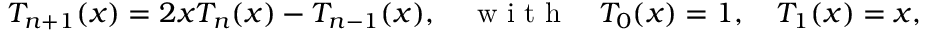
T _ { n + 1 } ( x ) = 2 x T _ { n } ( x ) - T _ { n - 1 } ( x ) , \quad \mathrm { ~ w ~ i ~ t ~ h ~ } \quad T _ { 0 } ( x ) = 1 , \quad T _ { 1 } ( x ) = x ,